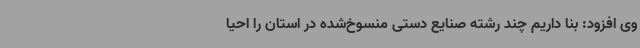
وی افزود: بنا داریم چند رشته صنایع دستی منسوخ‌شده در استان را احیا